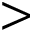
>